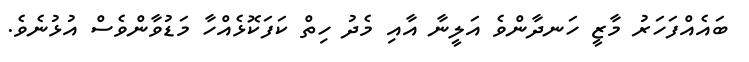
ބައެއްފަހަރު މާޒީ ހަނދާންވެ އަލީނާ އާއި މެދު ހިތް ކަފަކޮޅެއްހާ މަޑުވާންވެސް އުޅުނެވެ.